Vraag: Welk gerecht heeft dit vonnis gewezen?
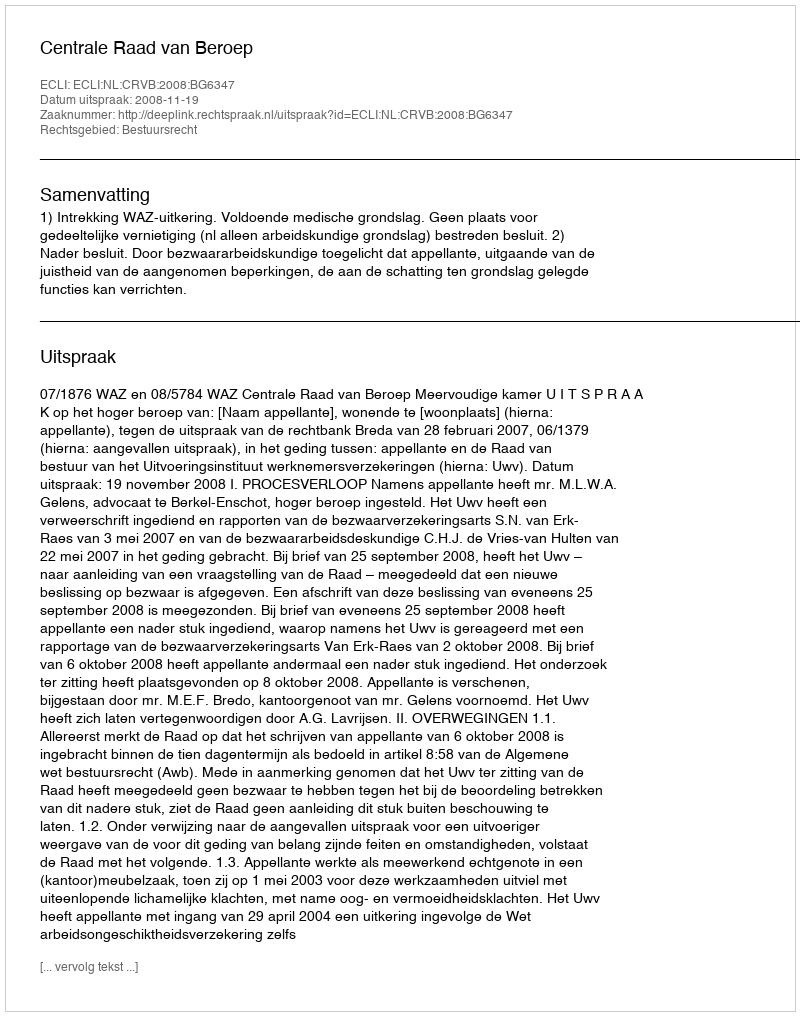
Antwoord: Centrale Raad van Beroep